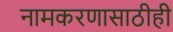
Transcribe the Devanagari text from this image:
नामकरणासाठीही